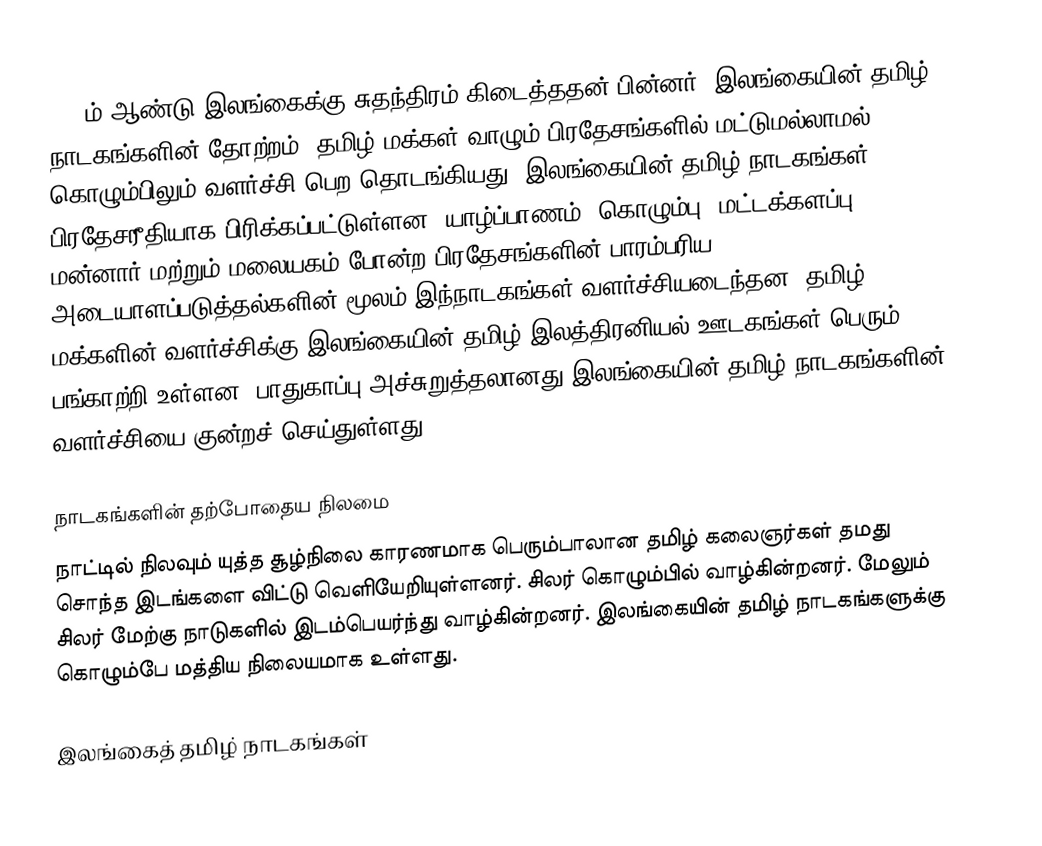
1948ம் ஆண்டு இலங்கைக்கு சுதந்திரம் கிடைத்ததன் பின்னர்‚ இலங்கையின் தமிழ் நாடகங்களின் தோற்றம்‚ தமிழ் மக்கள் வாழும் பிரதேசங்களில் மட்டுமல்லாமல் கொழும்பிலும் வளர்ச்சி பெற தொடங்கியது. இலங்கையின் தமிழ் நாடகங்கள் பிரதேசரீதியாக பிரிக்கப்பட்டுள்ளன. யாழ்ப்பாணம்‚ கொழும்பு‚ மட்டக்களப்பு‚ மன்னார் மற்றும் மலையகம் போன்ற பிரதேசங்களின் பாரம்பரிய அடையாளப்படுத்தல்களின் மூலம் இந்நாடகங்கள் வளர்ச்சியடைந்தன. தமிழ் மக்களின் வளர்ச்சிக்கு இலங்கையின் தமிழ் இலத்திரனியல் ஊடகங்கள் பெரும் பங்காற்றி உள்ளன. பாதுகாப்பு அச்சுறுத்தலானது இலங்கையின் தமிழ் நாடகங்களின் வளர்ச்சியை குன்றச் செய்துள்ளது.

நாடகங்களின் தற்போதைய நிலமை
நாட்டில் நிலவும் யுத்த சூழ்நிலை காரணமாக பெரும்பாலான தமிழ் கலைஞர்கள் தமது சொந்த இடங்களை விட்டு வெளியேறியுள்ளனர். சிலர் கொழும்பில் வாழ்கின்றனர். மேலும் சிலர் மேற்கு நாடுகளில் இடம்பெயர்ந்து வாழ்கின்றனர். இலங்கையின் தமிழ் நாடகங்களுக்கு கொழும்பே மத்திய நிலையமாக உள்ளது.

இலங்கைத் தமிழ் நாடகங்கள்